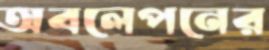
অবলেপনের